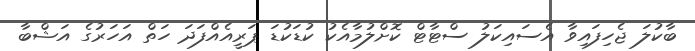
ބާކުލަ ޖެހިފައިވާ އެސައިކަލު ސްޓާޓް ކޮށްލުމާއެކު ކުޑަކުޑަ ޕަރީއެއްފަދަ ހަތް އަހަރުގެ އަޝްބާ